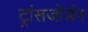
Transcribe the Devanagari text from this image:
ट्रांसजोर्डन